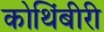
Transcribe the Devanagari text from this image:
कोथिंबीरी